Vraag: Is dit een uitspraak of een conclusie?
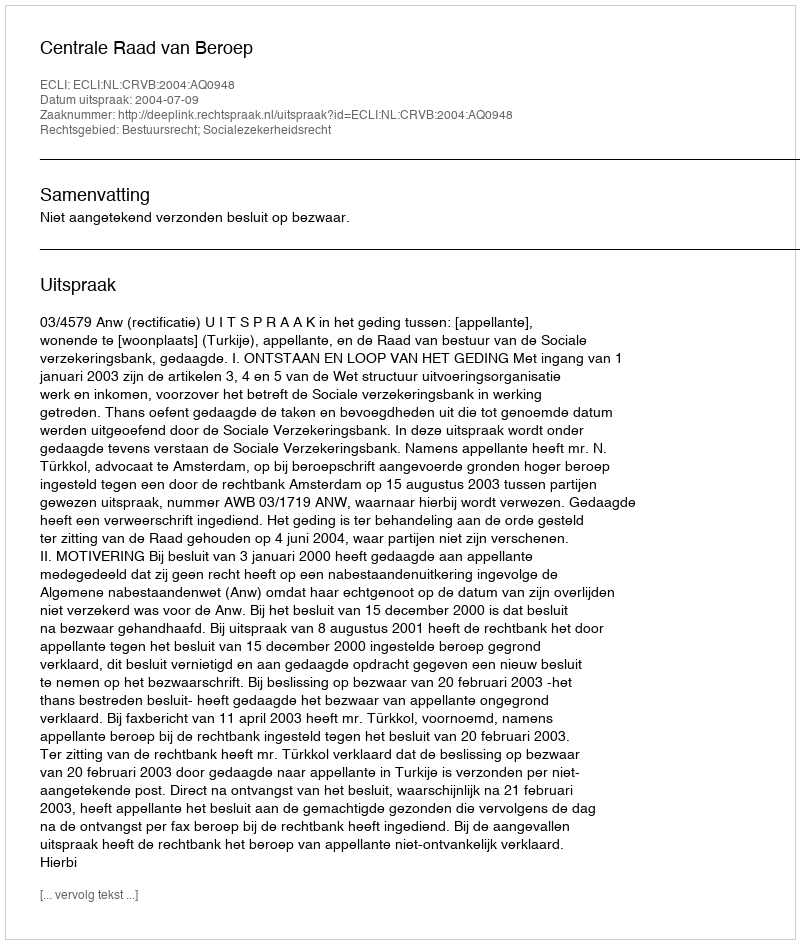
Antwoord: Uitspraak